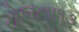
યોજના૧૩